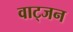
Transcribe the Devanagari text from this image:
वाट्जन